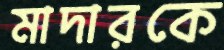
মাদারকে